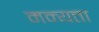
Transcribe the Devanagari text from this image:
मन्यत्ता